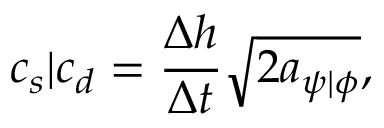
c _ { s } \vert { c _ { d } } = \frac { \Delta { h } } { \Delta { t } } \sqrt { 2 a _ { \psi \vert \phi } } ,